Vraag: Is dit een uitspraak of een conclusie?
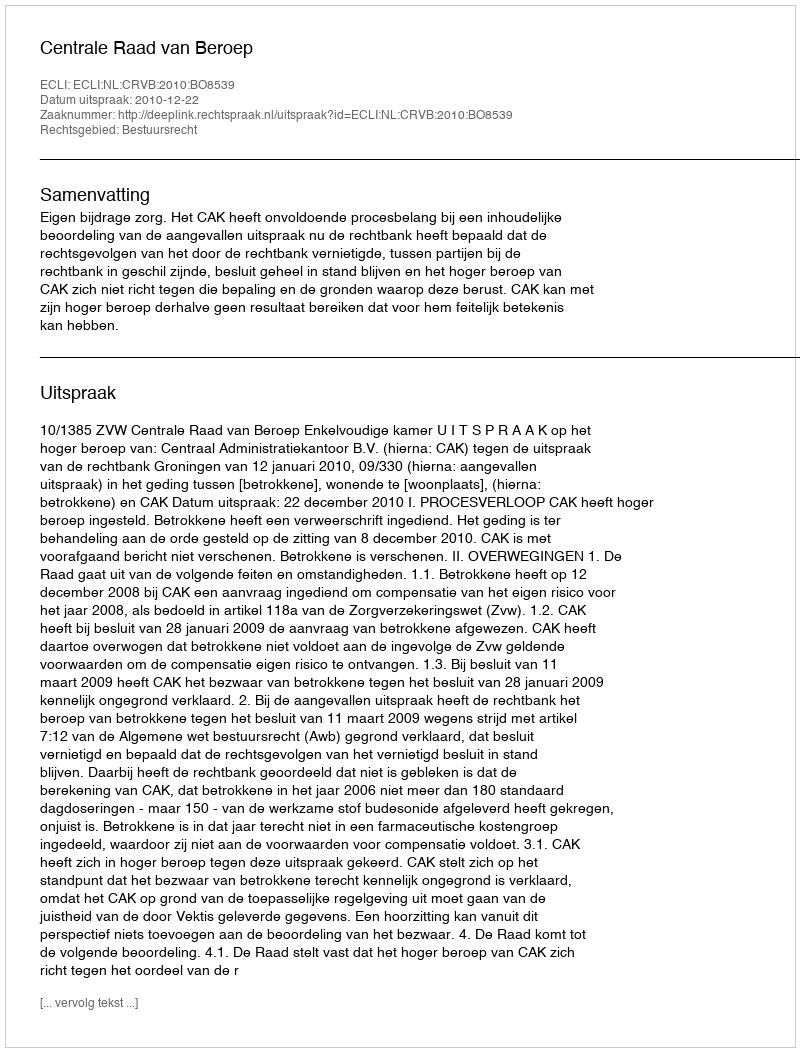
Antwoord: Uitspraak